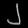
Digit: ၂